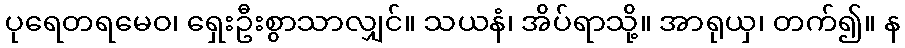
ပုရေတရမေဝ၊ ရှေးဦးစွာသာလျှင်။ သယနံ၊ အိပ်ရာသို့။ အာရုယှ၊ တက်၍။ န